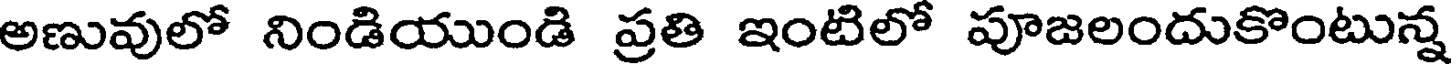
అణువులో నిండియుండి ప్రతి ఇంటిలో పూజలందుకొంటున్న